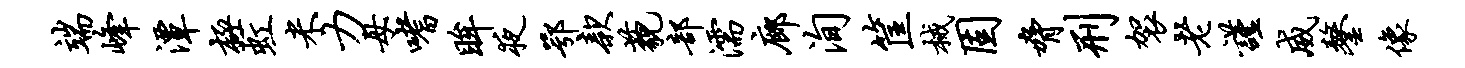
端峰潭极虹米力母嗜眸夜鄂款藐部濡廊洵筐械固胁刑袈老谨威鏊像